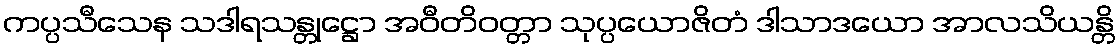
ကပ္ပသီသေန သဒါရသန္တုဋ္ဌော အဝီတိဝတ္တာ သုပ္ပယောဇိတံ ဒါသာဒယော အာလသိယန္တိ